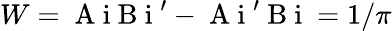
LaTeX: W=\mathrm{~A~i~B~i~}^{\prime}-\mathrm{~A~i~}^{\prime}\mathrm{~B~i~}=1/\pi